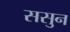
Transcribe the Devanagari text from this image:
ससुन